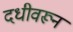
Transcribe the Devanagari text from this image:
दधीवरून